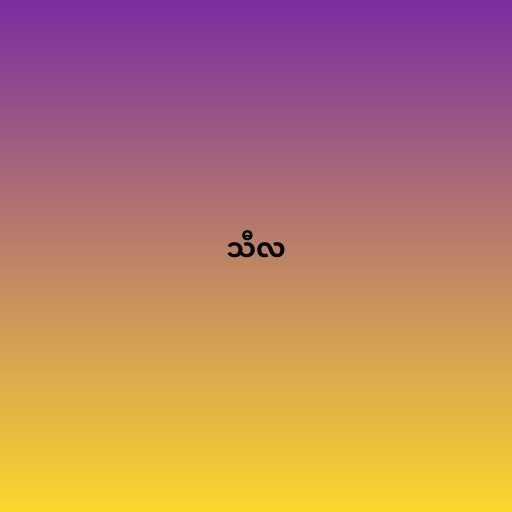
သီလ